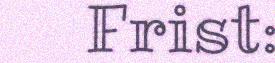
Frist: